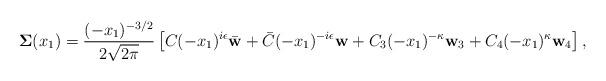
LaTeX: \begin{align*}\mathbf{\Sigma}(x_1)=\frac{(-x_1)^{-3/2}}{2\sqrt{2\pi}}\left[C(-x_1)^{i\epsilon}\bar{\mathbf{w}}+\bar{C}(-x_1)^{-i\epsilon}\mathbf{w} + C_3(-x_1)^{-\kappa}\mathbf{w}_3 + C_4(-x_1)^{\kappa}\mathbf{w}_4\right],\end{align*}